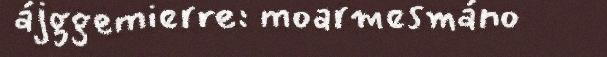
ájggemierre: moarmesmáno